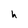
Character: h